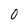
Character: 0